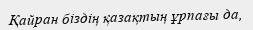
Қайран біздің қазақтың ұрпағы да,